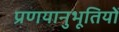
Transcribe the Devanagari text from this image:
प्रणयानुभूतियों